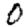
Digit: 0